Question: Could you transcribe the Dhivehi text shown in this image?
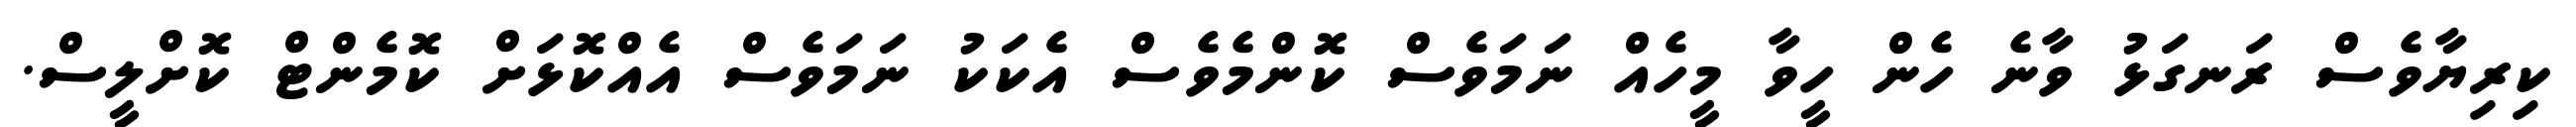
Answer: ކިރިޔާވެސް ރަނގަޅު ވާނެ ހެން ހީވާ މީހެއް ނަމަވެސް ކޮންމެވެސް އެކަކު ނަމަވެސް އެއްކޮޅަށް ކޮމެންޓް ކޮށްލީސް.